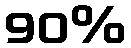
90%